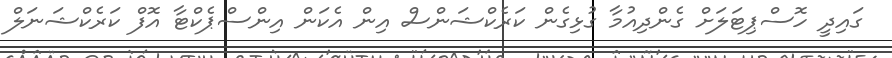
ގައިދީ ހޮސްޕިޓަލަށް ގެންދިއުމާ ގުޅިގެން ކަރެކްޝަންސް އިން އެކަން އިންސްޕެކްޓާ އޮފް ކަރެކްޝަނަލް